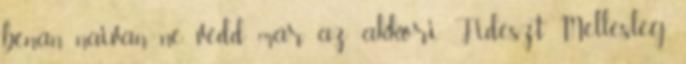
bénán naivan ne védd már az akkori Fideszt Mellesleg,